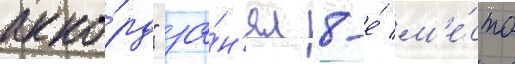
акко́рд" за́н'ял 8-е́ м'е́сто